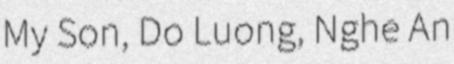
My Son, Do Luong, Nghe An